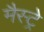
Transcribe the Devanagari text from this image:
मैस्ट्रे